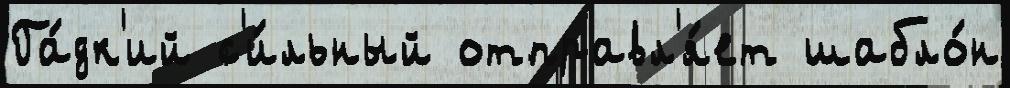
Га́дк'ий с'и́льный отправл'я́ет шабло́н